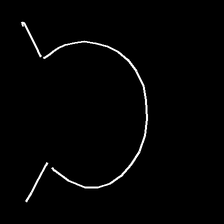
Glyph: weave